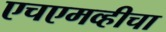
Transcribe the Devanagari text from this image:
एचएमव्हीचा